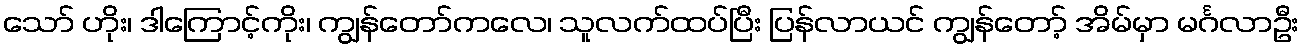
သော် ဟိုး၊ ဒါကြောင့်ကိုး၊ ကျွန်တော်ကလေ၊ သူလက်ထပ်ပြီး ပြန်လာယင် ကျွန်တော့် အိမ်မှာ မင်္ဂလာဦး